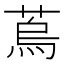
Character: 𦶀